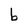
Character: b